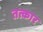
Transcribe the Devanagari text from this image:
तत्कार